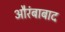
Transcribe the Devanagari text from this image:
औरंबाबाद